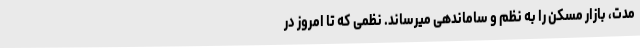
مدت، بازار مسکن را به نظم و ساماندهی میرساند. نظمی که تا امروز در